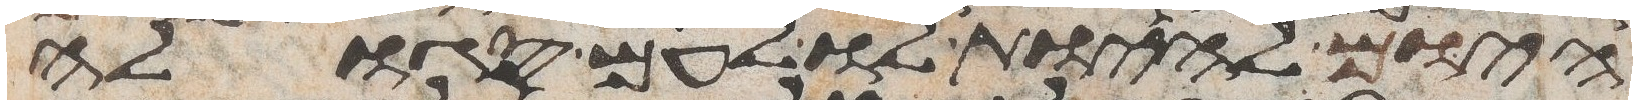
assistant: היום להיות לו לעם סגלה